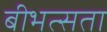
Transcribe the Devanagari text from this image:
बीभत्सता